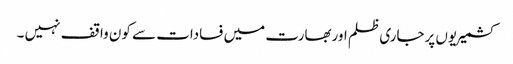
کشمیریوں پرجاری ظلم اوربھارت میں فسادات سے کون واقف نہیں ۔